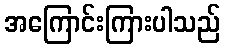
အကြောင်းကြားပါသည်